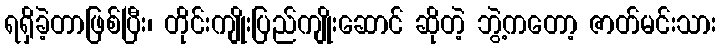
ရရှိခဲ့တာဖြစ်ပြီး၊ တိုင်းကျိုးပြည်ကျိုးဆောင် ဆိုတဲ့ ဘွဲ့ကတော့ ဇာတ်မင်းသား